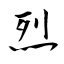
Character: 烈